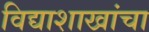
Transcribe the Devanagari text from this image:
विद्याशाखांचा